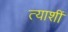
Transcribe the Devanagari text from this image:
त्याशीं